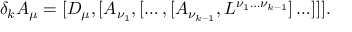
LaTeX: \delta _ { k } A _ { \mu } = [ D _ { \mu } , [ A _ { \nu _ { 1 } } , [ \ldots , [ A _ { \nu _ { k - 1 } } , L ^ { \nu _ { 1 } \ldots \nu _ { k - 1 } } ] \ldots ] ] ] .